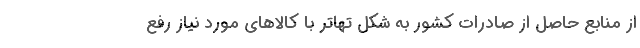
از منابع حاصل از صادرات کشور به شکل تهاتر با کالاهای مورد نیاز رفع